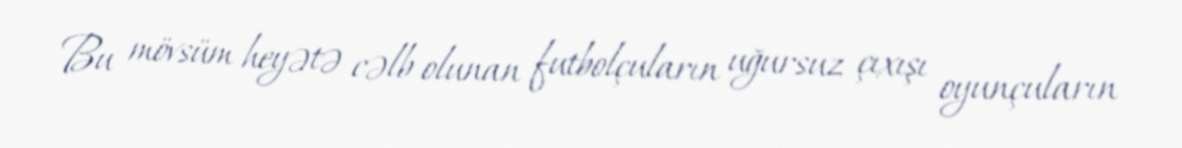
Bu mövsüm heyətə cəlb olunan futbolçuların uğursuz çıxışı oyunçuların